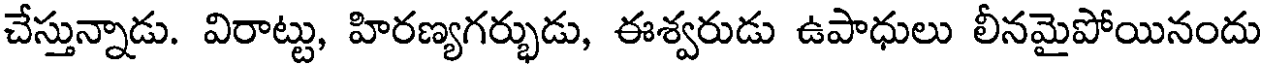
చేస్తున్నాడు. విరాట్టు, హిరణ్యగర్భుడు, ఈశ్వరుడు ఉపాధులు లీనమైపోయినందు